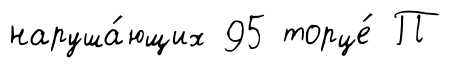
наруша́ющих 95 торце́ П